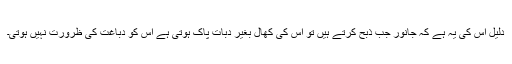
دلیل اس کی یہ ہے کہ جانور جب ذبح کرتے ہیں تو اس کی کھال بغیر دبات پاک ہوتی ہے اس کو دباغت کی ظرورت نہیں ہوتی۔